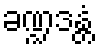
ခဏ္ဍဒန္တံ